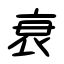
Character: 衰